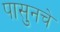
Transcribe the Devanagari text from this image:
पासुनचे